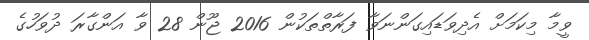
ވީމާ މިކަމަށް އެދިވަޑައިގަންނަވާ ފަރާތްތަކުން 2016 ޖޫން 28 ވާ އަންގާރަ ދުވަހުގެ